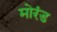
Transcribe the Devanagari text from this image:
मोरंड